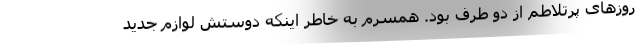
روزهای پرتلاطم از دو طرف بود. همسرم به خاطر اینکه دوستش لوازم جدید